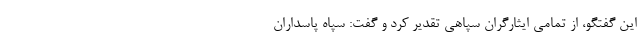
این گفتگو، از تمامی ایثارگران سپاهی تقدیر کرد و گفت: سپاه پاسداران